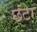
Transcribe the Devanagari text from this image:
छंटा